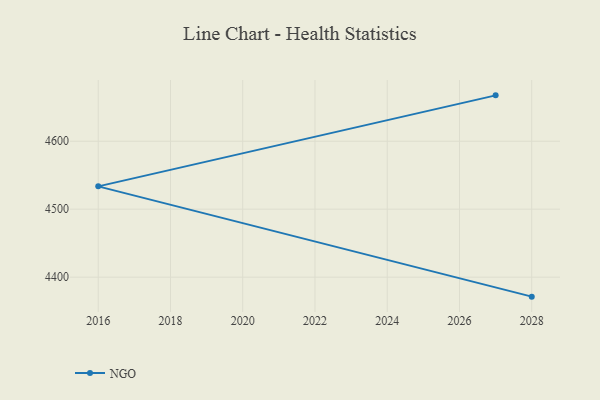
{"axis": {"x": "Year", "y": "Budget (USD K)"}, "legend": ["NGO"], "data": [{"x": "2028", "y": 4371.3, "type": "NGO"}, {"x": "2016", "y": 4533.6, "type": "NGO"}, {"x": "2027", "y": 4667.5, "type": "NGO"}]}